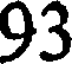
93